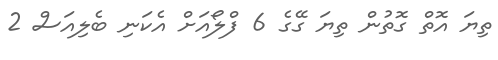
ތިޔަ އޮތް ގޮތުން ތިޔަ ގޭގެ 6 ފްލޯއަށް އެކަނި ބެލިއަސް 2